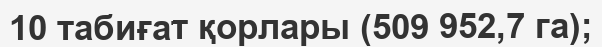
10 табиғат қорлары (509 952,7 га);